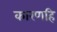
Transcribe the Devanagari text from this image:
कारणहि